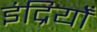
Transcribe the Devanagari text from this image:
इंद्रियोँ